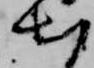
出